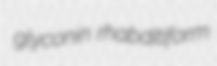
glyconin rhabditiform